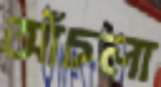
আঁচলা